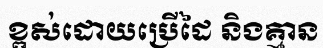
ខ្ពស់ដោយប្រើដៃ និងគ្មាន